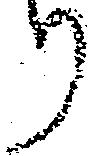
り